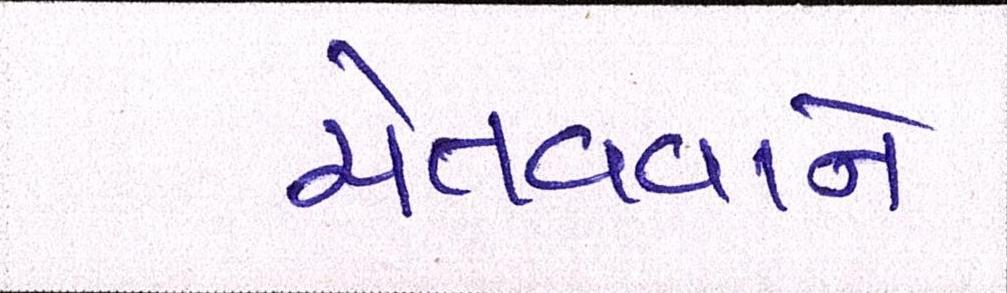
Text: ચેતવવાને